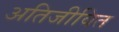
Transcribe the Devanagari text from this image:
अतिजीवित